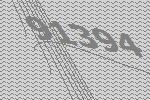
91394